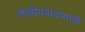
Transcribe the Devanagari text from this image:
जातीयवादासाठी